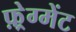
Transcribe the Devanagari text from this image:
फ़्रेग्मेंट